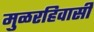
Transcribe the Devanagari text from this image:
मुळरहिवासी